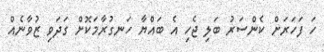
ހަ ފަހަރަށް ކެންސަރު ބަލި ޖެހި އެ ބައްޔާ ހަނގުރާމަކޮށް ގަދަވި ޒުވާނެއް